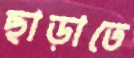
ছাড়াতে